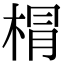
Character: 𣓍